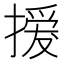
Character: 𢳻